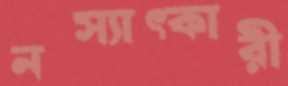
নস্যাত্কারী